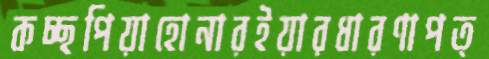
কচ্ছপিয়াহোনারইয়ারধারণাপত্